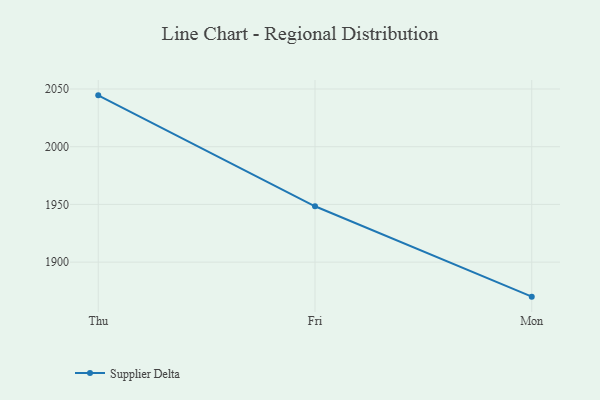
{"axis": {"x": "Day", "y": "Demand Index"}, "legend": ["Supplier Delta"], "data": [{"x": "Thu", "y": 2044.5, "type": "Supplier Delta"}, {"x": "Fri", "y": 1948.4, "type": "Supplier Delta"}, {"x": "Mon", "y": 1870.1, "type": "Supplier Delta"}]}